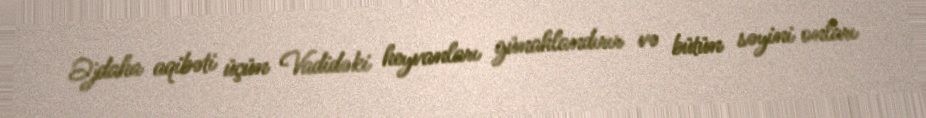
Əjdaha aqibəti üçün Vadidəki heyvanları günahlandırır və bütün səyini onları